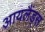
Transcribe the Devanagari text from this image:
आयलैंड्स